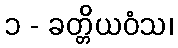
၁ - ခတ္တိယဝံသ၊